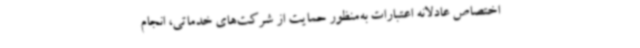
اختصاص عادلانه اعتبارات به‌منظور حمایت از شرکت‌های خدماتی، انجام